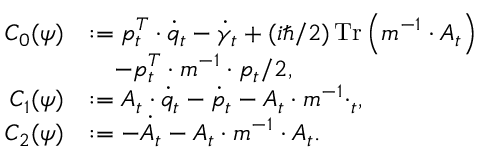
\begin{array} { r l } { C _ { 0 } ( \psi ) } & { : = p _ { t } ^ { T } \cdot \dot { q } _ { t } - \dot { \gamma } _ { t } + ( i \hbar / 2 ) \operatorname * { T r } \left( m ^ { - 1 } \cdot A _ { t } \right) } \\ & { ~ ~ ~ - p _ { t } ^ { T } \cdot m ^ { - 1 } \cdot p _ { t } / 2 , } \\ { C _ { 1 } ( \psi ) } & { : = A _ { t } \cdot \dot { q } _ { t } - \dot { p } _ { t } - A _ { t } \cdot m ^ { - 1 } \cdotp _ { t } , } \\ { C _ { 2 } ( \psi ) } & { : = - \dot { A } _ { t } - A _ { t } \cdot m ^ { - 1 } \cdot A _ { t } . } \end{array}